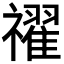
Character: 𥜔